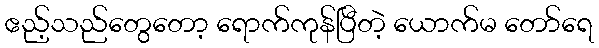
ဧည့်သည်တွေတော့ ရောက်ကုန်ပြီတဲ့ ယောက်မ တော်ရေ